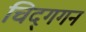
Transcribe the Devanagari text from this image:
चिद्‌गगन